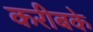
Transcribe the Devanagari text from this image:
करीबके